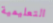
التعليمية